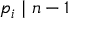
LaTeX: p _ { i } \mid n - 1